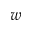
w